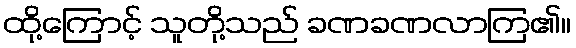
ထို့ကြောင့် သူတို့သည် ခဏခဏလာကြ၏။